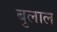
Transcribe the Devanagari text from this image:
बुलाल